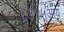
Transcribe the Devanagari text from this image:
६३१५आय